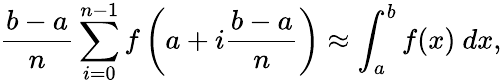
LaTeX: {\frac{b-a}{n}}\sum_{i=0}^{n-1}f\left(a+i{\frac{b-a}{n}}\right)\approx\int_{a}^{b}f(x)\ dx,